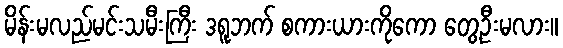
မိန်းမလည်မင်းသမီးကြီး ဒရူဘက် စကားယားကိုကော တွေ့ဦးမလား။